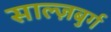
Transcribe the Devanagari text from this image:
साल्ज़बुर्ग